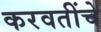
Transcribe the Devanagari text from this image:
करवतींचे